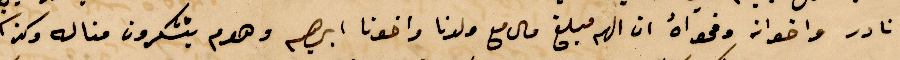
نادر واخوانه وفحواه ان لهم مبلغ مال مع ولدنا واخوان إبراهيم وهوم يتشكرون مناله وكذلك